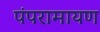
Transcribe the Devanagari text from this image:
पंपरामायण